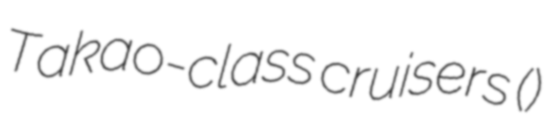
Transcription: Takao-class cruisers (高雄型)